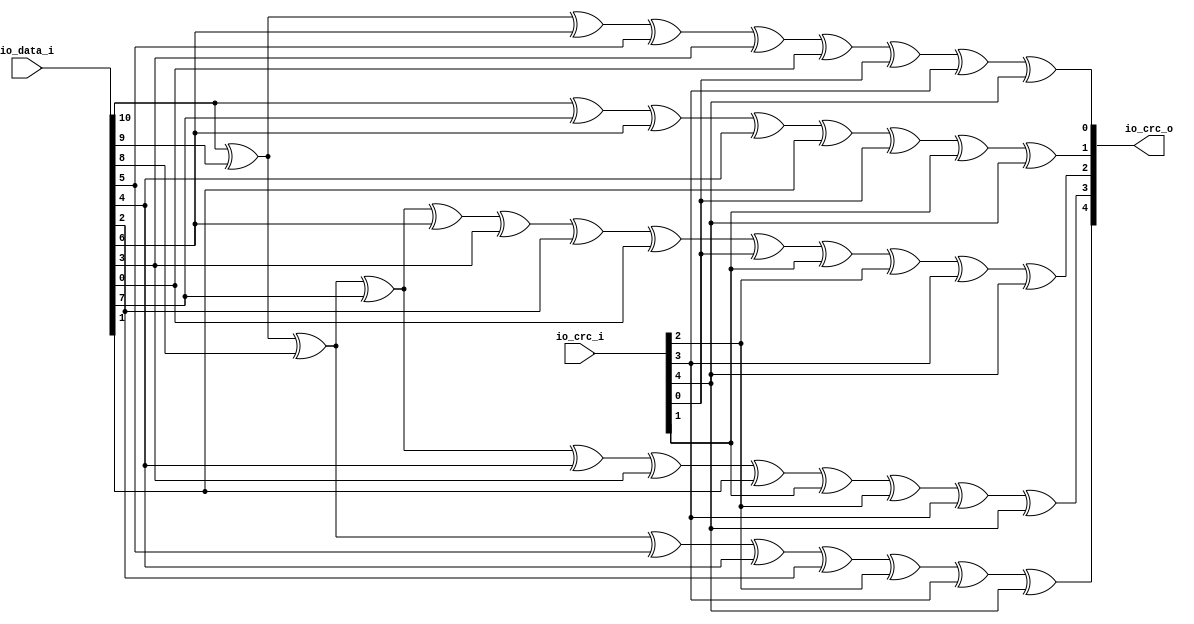
module UsbCrc5 (
      input  [4:0] io_crc_i,
      input  [10:0] io_data_i,
      output reg [4:0] io_crc_o);
  always @ (*) begin
    io_crc_o[0] = ((((((((io_data_i[10] ^ io_data_i[9]) ^ io_data_i[6]) ^ io_data_i[5]) ^ io_data_i[3]) ^ io_data_i[0]) ^ io_crc_i[0]) ^ io_crc_i[3]) ^ io_crc_i[4]);
    io_crc_o[1] = (((((((io_data_i[10] ^ io_data_i[7]) ^ io_data_i[6]) ^ io_data_i[4]) ^ io_data_i[1]) ^ io_crc_i[0]) ^ io_crc_i[1]) ^ io_crc_i[4]);
    io_crc_o[2] = ((((((((((((io_data_i[10] ^ io_data_i[9]) ^ io_data_i[8]) ^ io_data_i[7]) ^ io_data_i[6]) ^ io_data_i[3]) ^ io_data_i[2]) ^ io_data_i[0]) ^ io_crc_i[0]) ^ io_crc_i[1]) ^ io_crc_i[2]) ^ io_crc_i[3]) ^ io_crc_i[4]);
    io_crc_o[3] = ((((((((((io_data_i[10] ^ io_data_i[9]) ^ io_data_i[8]) ^ io_data_i[7]) ^ io_data_i[4]) ^ io_data_i[3]) ^ io_data_i[1]) ^ io_crc_i[1]) ^ io_crc_i[2]) ^ io_crc_i[3]) ^ io_crc_i[4]);
    io_crc_o[4] = ((((((((io_data_i[10] ^ io_data_i[9]) ^ io_data_i[8]) ^ io_data_i[5]) ^ io_data_i[4]) ^ io_data_i[2]) ^ io_crc_i[2]) ^ io_crc_i[3]) ^ io_crc_i[4]);
  end

endmodule